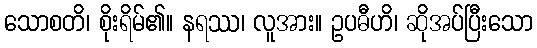
သောစတိ၊ စိုးရိမ်၏။ နရဿ၊ လူအား။ ဥပဓီဟိ၊ ဆိုအပ်ပြီးသော